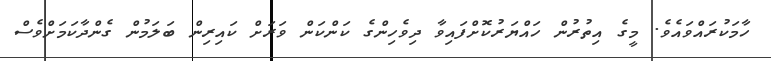
ހާމަކުރައްވައެވެ. މީގެ އިތުރުން ހައްޔަރުކޮށްފައިވާ ދިވެހިންގެ ކަންކަން ވަރަށް ކައިރިން ބަލަމުން ގެންދާކަމަށްވެސް